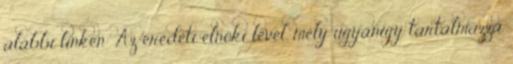
alábbi linken: Az eredeti elnöki levél, mely ugyanígy tartalmazza